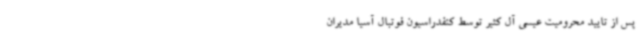
پس از تایید محرومیت عیسی آل کثیر توسط کنفدراسیون فوتبال آسیا مدیران